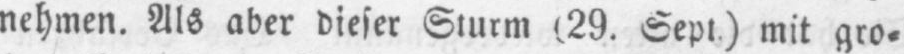
nehmen. Als aber dieser Sturm (29. Sept.) mit gro⸗